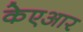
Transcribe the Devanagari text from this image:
केएआर